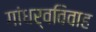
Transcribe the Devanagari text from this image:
गांधर्वविवाह